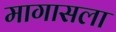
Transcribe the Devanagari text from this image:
मागासला